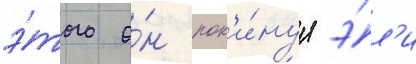
э́того о́н пок'и́нул э́л'и